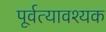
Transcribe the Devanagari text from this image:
पूर्वत्यावश्यक